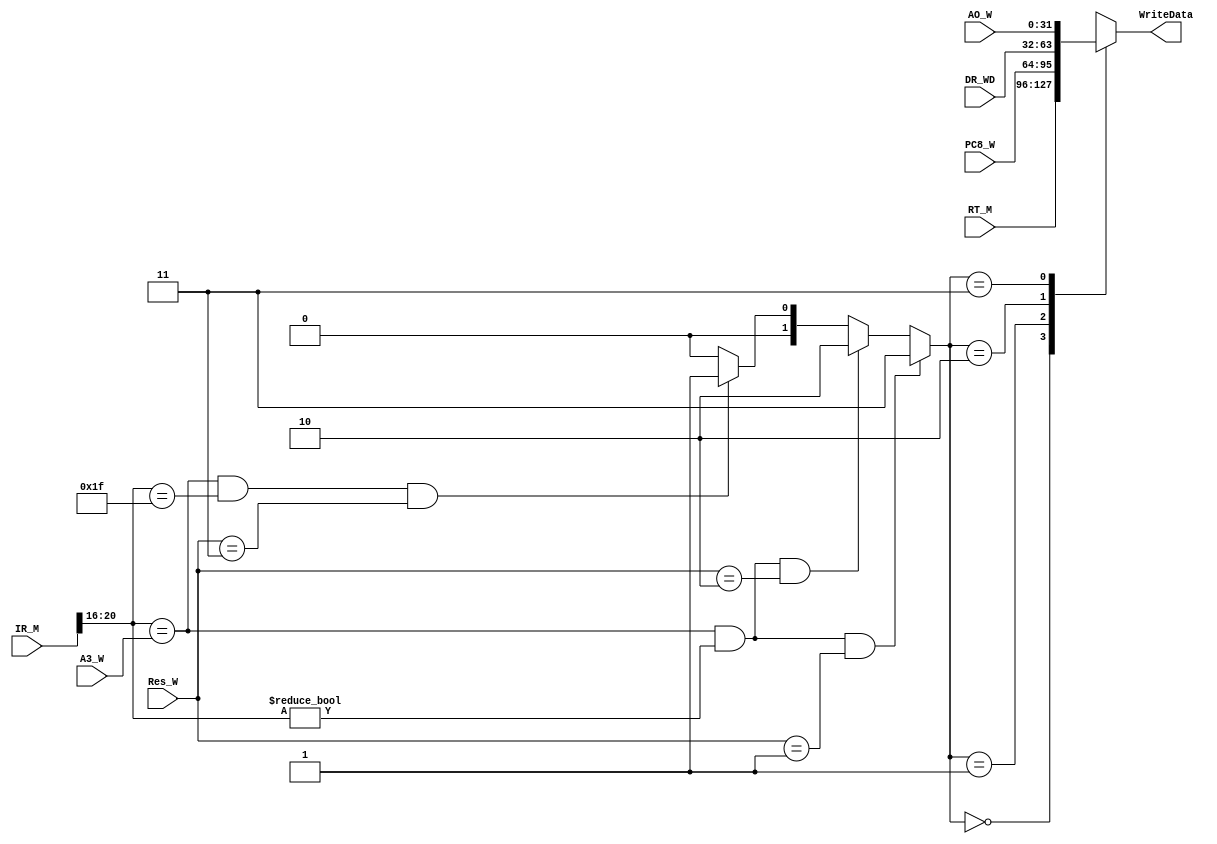
`timescale 1ns / 1ps
//////////////////////////////////////////////////////////////////////////////////
// Company: 
// Engineer: 
// 
// Design Name: 
// Module Name:    MFV2M 
// Project Name: 
// Target Devices: 
// Tool versions: 
// Description: 
//
// Dependencies: 
//
// Revision: 
// Revision 0.01 - File Created
// Additional Comments: 
//
//////////////////////////////////////////////////////////////////////////////////
`define W2M_ALU 3
`define W2M_DM 2
`define W2M_PC 1
`define M2M_RT 0
`define ALU 2'b01
`define DM 2'b10
`define PC 2'b11
`define NW 2'b00
module MFV2M(
    input [31:0] RT_M,
    input [31:0] DR_WD,
    input [31:0] AO_W,
    input [31:0] IR_M,
    input [4:0] A3_W,
    input [1:0] Res_W,
	 input [31:0] PC8_W,
    output reg[31:0] WriteData
    );
	 reg [1:0] FV2M;
	 wire [4:0] A2_M;
	 assign A2_M = IR_M[20:16];
	 always @* begin
	   FV2M = ((A2_M==A3_W) & (A2_M!= 0) & (Res_W==`ALU)) ? `W2M_ALU : 
				 ((A2_M==A3_W) & (A2_M!= 0) & (Res_W==`DM))  ? `W2M_DM  :
             ((A2_M==A3_W) & (A2_M==31) & (Res_W==`PC))  ? `W2M_PC  : 
					                                0;
	   case(FV2M)
		  0: begin
		    WriteData = RT_M;
		  end
		  1: begin
		    WriteData = PC8_W;
		  end
		  2: begin
		    WriteData = DR_WD;
		  end
		  3: begin
		    WriteData = AO_W;
		  end
		endcase 
	 end


endmodule